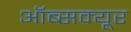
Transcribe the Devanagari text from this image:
ऑब्सक्यूर